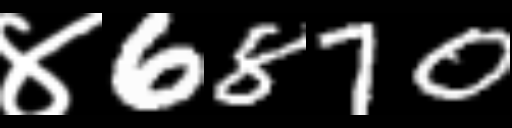
Text: ४6870